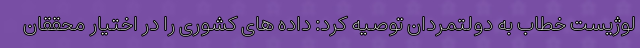
لوژیست خطاب به دولتمردان توصیه کرد: داده های کشوری را در اختیار محققان